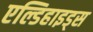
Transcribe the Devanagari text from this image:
एल्डिहाइड्स